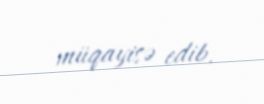
müqayisə edib.